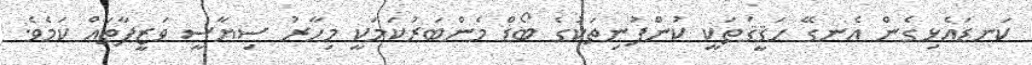
ކަނޑައެޅިގެން އެނގޭ ހަޤީޤަތަކީ ކުންފުނިތަކުގެ ބޯޑް މެންބަރުކަމަކީ މިހާރު ސިޔާސީ ވަޒީފާތައް ކަމެވެ.